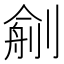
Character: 𠞼